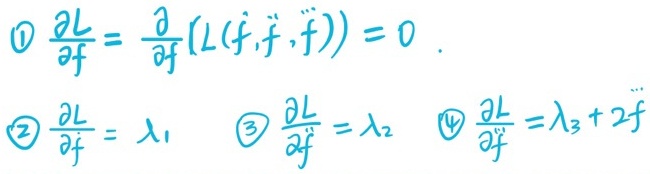
\begin{align*}
\textcircled{1}\quad\frac{\partial L}{\partial f} &= \frac{\partial }{\partial f}(L(f,\dot{f},\ddot{f})) = 0\\
\textcircled{2}\quad\frac{\partial L}{\partial \dot{f}} &= \lambda_1\\
\textcircled{3}\quad\frac{\partial L}{\partial \ddot{f}} &= \lambda_2\\
\textcircled{4}\quad\frac{\partial L}{\partial \dddot{f}} &= \lambda_3 + 2\ddot{f}
\end{align*}